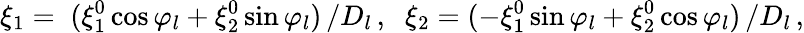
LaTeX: \xi_{1}=\; (\xi_{1}^{0}\cos{\varphi_{l}}+\xi_{2}^{0}\sin{\varphi_{l}})\, /D_{l}\, ,\; \; \xi_{2}=(-\xi_{1}^{0}\sin{\varphi_{l}}+\xi_{2}^{0}\cos{\varphi_{l}})\, /D_{l}\, ,